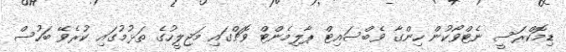
ޑިމޮކްރަސީ ނެޓްވޯކުން ހިންގާ ވެބްސައިޓް ޕާލިމެންޓް ވޮޗްގައި މަޖިލީހުގެ ތަޅުމުގައި ކުރެވޭ ބަހުސް